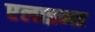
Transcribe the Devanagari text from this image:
एलाइन्स